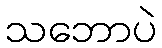
သဘောပဲ